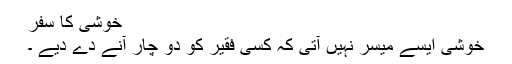
خوشی کا سفر
خوشی ایسے میسر نہیں آتی کہ کسی فقیر کو دو چار آنے دے دیے ۔